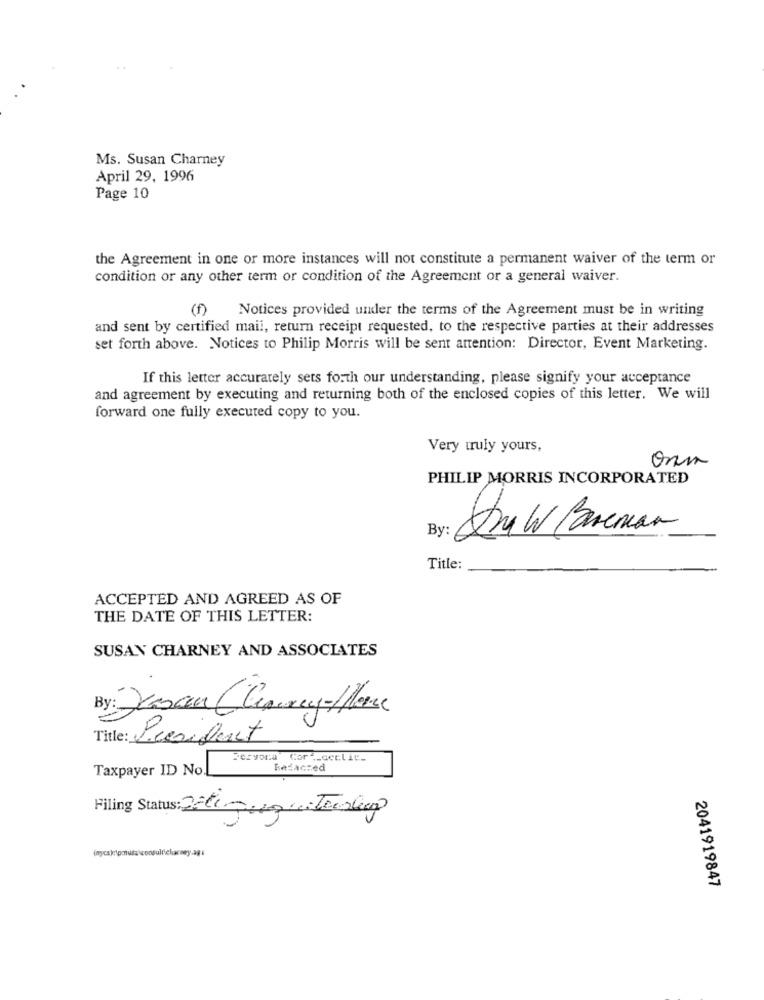
Ms. Susan Charney
April 29, 1996
Page 10
the Agreement in one or more instances will not constitute a permanent waiver of the term or
condition or any other term or condition of the Agreement or a general waiver.
(f) Notices provided under the terms of the Agreement must be in writing
and sent by certified mail, return receipt requested, to the respective parties at their addresses
set forth above. Notices to Philip Morris will be sent attention: Director, Event Marketing.
If this letter accurately sets forth our understanding, please signify your acceptance
and agreement by executing and returning both of the enclosed copies of this letter. We will
forward one fully executed copy to you.
Very truly yours,
onn
PHILIP MORRIS INCORPORATED
Amy W Parcman
By:
Title:
ACCEPTED AND AGREED AS OF
THE DATE OF THIS LETTER:
SUSAN CHARNEY AND ASSOCIATES
By: Jason Cleary-Hace
Title: President
Persona Cor __ ceclic_
Taxpayer ID No.
Badaczed
Filing Status: 27th Jung weitersleep
yapı
2041919847